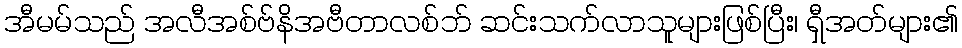
အီမမ်သည် အလီအစ်ဗ်နိအဗီတာလစ်ဘ် ဆင်းသက်လာသူများဖြစ်ပြီး၊ ရှီအတ်များ၏